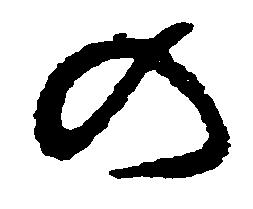
の